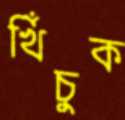
খিঁচুক